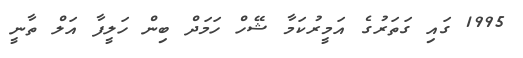
1995 ގައި ގަތަރުގެ އަމީރުކަމާ ޝޭހް ހަމަދް ބިން ހަލީފާ އަލް ތާނީ